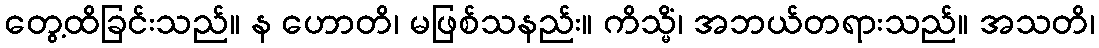
တွေ့ထိခြင်းသည်။ န ဟောတိ၊ မဖြစ်သနည်း။ ကိသ္မိံ၊ အဘယ်တရားသည်။ အသတိ၊